Report of the Imperial Institute of Veterinary Research, Muktesar
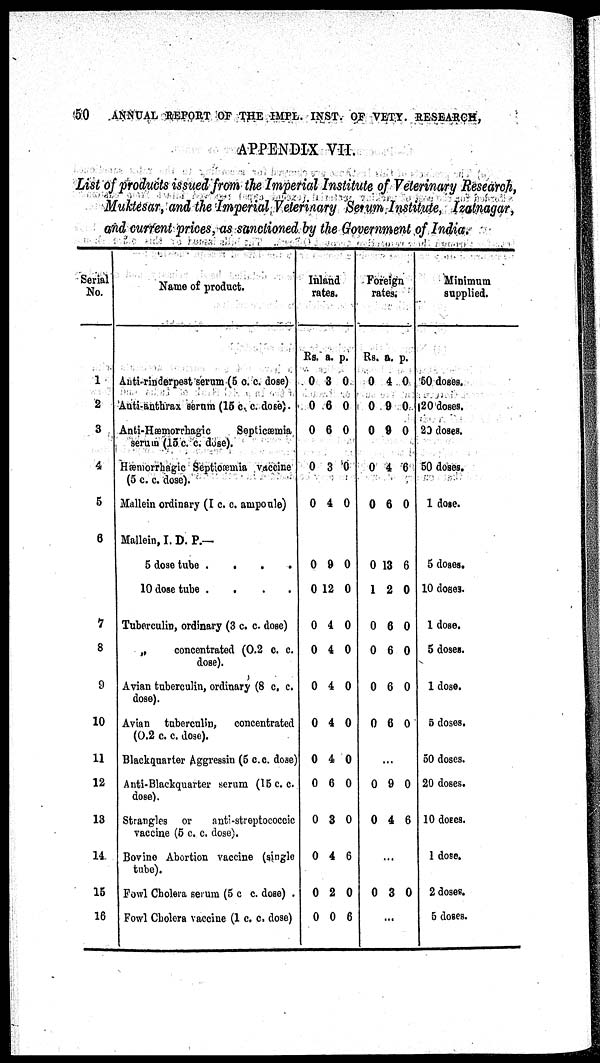
50
ANNUAL REPORT OF THE IMPL. INST OF VETY. RESEARCH,
APPENDIX VII.
List of products issued from the Imperial Institute of Veterinary Research,
Muktesar, and the Imperial Veterinary Serum Institute, Izatnagar,
and current prices, as sanctioned by the Government of India.
Serial
No.
1
2
3
4
5
6
7
8
9
10
11
12
13
14
15
16
Name of product.
Anti-rinderpest serum (5 c. c. dose)
Anti-anthrax serum (15 c. c. dose).
Anti-Hæmorrhagic
Septicæmia
serum (15 c. c. dose).
Hæmorrhagic Septicæmia vaccine
(5 c. c. dose).
Mallein ordinary (I c. c. ampoule)
Mallein, I. D. P.—
5 dose tube
.
.
10 dose tube
....
Tuberculin, ordinary (3 c. c. dose)
„
concentrated (0.2 c. c.
dose).
Avian tuberculin, ordinary (8 c. c.
dose).
Avian tuberculin, concentrated
(0.2 c. c. dose).
Blackquarter Aggressin (5 c.c. dose)
Anti-Blackquarter serum (15 c. c.
dose).
Strangles or
anti-streptococcic
vaccine (5 c. c. close).
Bovine Abortion vaccine (single
tube).
Fowl Cholera serum (5 c. c. dose) .
Fowl Cholera vaccine (1 c. c. dose)
Inland rates.
Rs.
0
0
0
0
0
0
0
0
0
0
0
0
0
0
0
0
0
a.
3
6
6
3
4
9
12
4
4
4
4
4
6
3
4
2
0
p.
0
0
0
0
0
0
0
0
0
0
0
0
0
0
6
0
6
Foreign rates.
Rs.
0
0
0
0
0
0
1
0
0
0
0
0
0
0
a.
4
9
9
4
6
13
2
6
6
6
6
...
9
4
...
3
...
p.
0
0
0
6
0
6
0
0
0
0
0
0
6
0
Minimum
supplied.
50 doses.
20 doses.
20 closes.
50 doses.
1 dose.
5 doses.
10 doses.
1 dose.
5 doses.
1 dose.
5 doses.
50 doses.
20 doses.
10 doses.
1 dose.
2 doses.
5 doses.